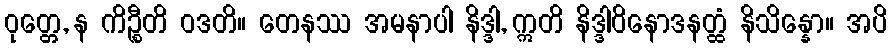
ဝုတ္တေ, န ကိဉ္စီတိ ဝဒတိ။ တေနဿ အမနာပါ နိဒ္ဒါ, ဣတိ နိဒ္ဒါဝိနောဒနတ္ထံ နိသိန္နော။ အပိ